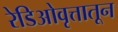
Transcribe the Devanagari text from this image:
रेडिओवृत्तातून